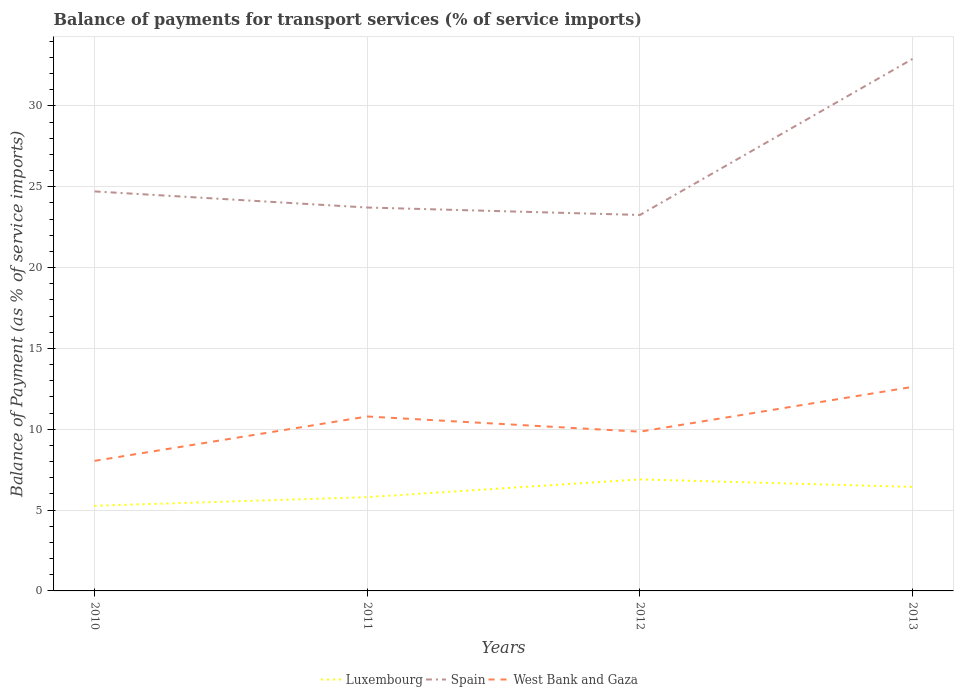
| Years | Luxembourg | Spain | West Bank and Gaza |
 | --- | --- | --- | --- |
 | 2010 | 5.27 | 24.7 | 8.04 |
 | 2011 | 5.8 | 23.7 | 10.8 |
 | 2012 | 6.9 | 23.3 | 9.85 |
 | 2013 | 6.43 | 32.9 | 12.6 |